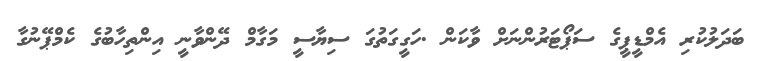
ބަދަލުކުރި އެމްޑީޕީގެ ސަޕޯޓަރުންނަށް ވާކަން .ހަގީގަތުގަ ސިޔާސީ މަގާމް ދޭންވާނީ އިންތިހާބުގެ ކެމްޕޭނުގާ